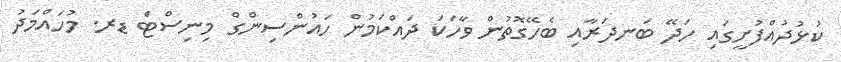
ކުޅުދުއްފުށީގައި ހަދޭ ބަނދަރާއި ބެހޭގޮތުން ވާހަކަ ދައްކަމުން ހައުންސިންގް މިނިސްޓްެ ޑރ. މުހައްމަދު